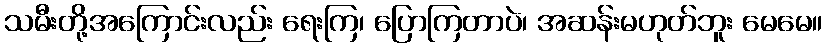
သမီးတို့အကြောင်းလည်း ရေးကြ၊ ပြောကြတာပဲ၊ အဆန်းမဟုတ်ဘူး မေမေ။